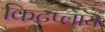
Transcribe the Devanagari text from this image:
किटप्लाय